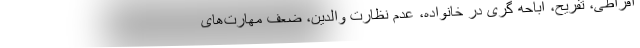
افراطی، تفریح، اباحه گری در خانواده، عدم نظارت والدین، ضعف مهارت‌های